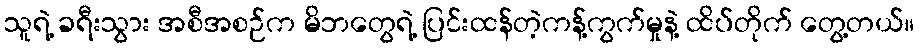
သူရဲ့ ခရီးသွား အစီအစဉ်က မိဘတွေရဲ့ ပြင်းထန်တဲ့ကန့်ကွက်မှုနဲ့ ထိပ်တိုက် တွေ့တယ်။